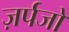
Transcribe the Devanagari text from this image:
ज़र्पजो